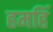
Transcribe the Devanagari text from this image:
हमहिं